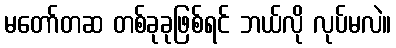
မတော်တဆ တစ်ခုခုဖြစ်ရင် ဘယ်လို လုပ်မလဲ။